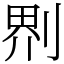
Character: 𠝹